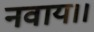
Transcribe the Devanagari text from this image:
नवाय।।